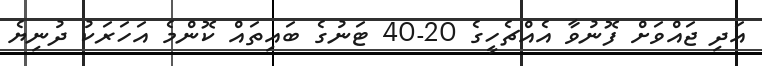
އަދި ޖައްވަށް ފޮނުވާ އެއްޗެހީގެ 20-40 ޓަނުގެ ބައިތައް ކޮންމެ އަހަރަކު ދުނިޔެ